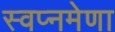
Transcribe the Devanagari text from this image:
स्वप्नमेणा